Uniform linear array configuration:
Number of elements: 64
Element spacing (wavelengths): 0.75
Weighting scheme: kaiser
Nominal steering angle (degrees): -45
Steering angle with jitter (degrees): -44.711
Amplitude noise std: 0.05
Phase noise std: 0.05

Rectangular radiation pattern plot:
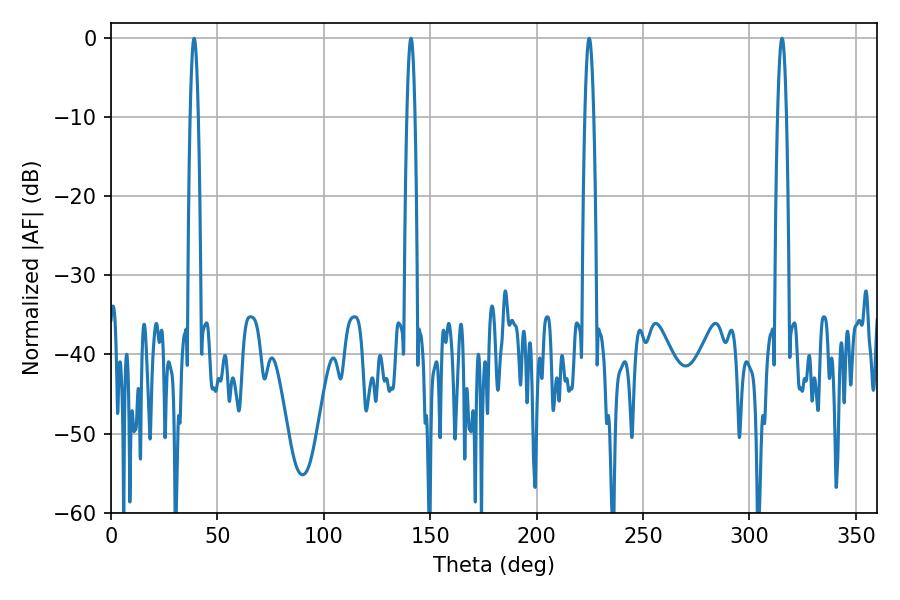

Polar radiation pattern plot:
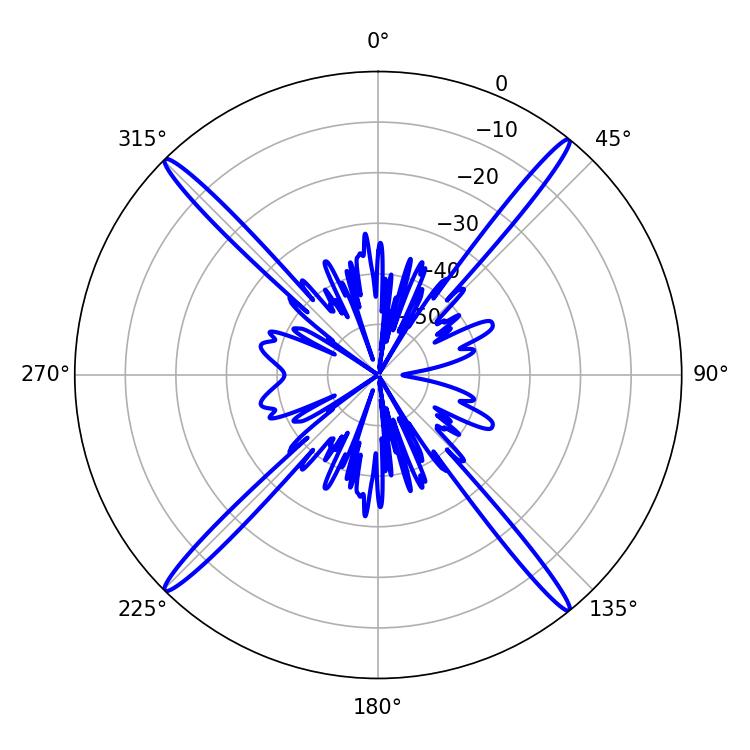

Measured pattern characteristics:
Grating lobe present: TRUE
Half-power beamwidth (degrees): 2.16
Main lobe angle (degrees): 39.06